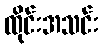
ထိုင်းအသင်း